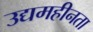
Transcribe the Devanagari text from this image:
उद्यमहीनता